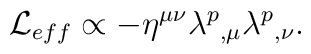
{\cal L}_{eff} \propto - \eta^{\mu \nu} \lambda^p{}_{,\mu}\lambda^p{}_{,\nu}.